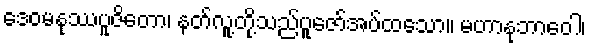
ဒေဝမနုဿပူဇိတော၊ နတ်လူ့တို့သည်ပူဇော်အပ်ထသော။ မဟာနုဘာဝေါ၊